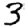
Digit: 3